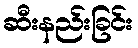
ဆီးနည်းခြင်း